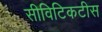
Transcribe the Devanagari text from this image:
सीविटिकटीस